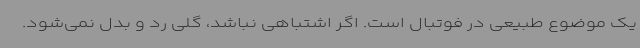
یک موضوع طبیعی در فوتبال است. اگر اشتباهی نباشد، گلی رد و بدل نمی‌شود.